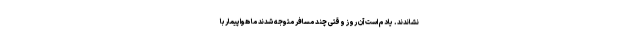
نشاندند. یادم است آن روز وقتی چند مسافر متوجه شدند ما هواپیماربا